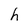
Character: h